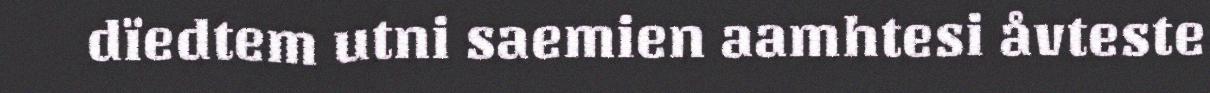
dïedtem utni saemien aamhtesi åvteste